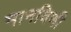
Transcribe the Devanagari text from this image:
मानविणी